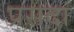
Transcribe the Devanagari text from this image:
प्रसदा